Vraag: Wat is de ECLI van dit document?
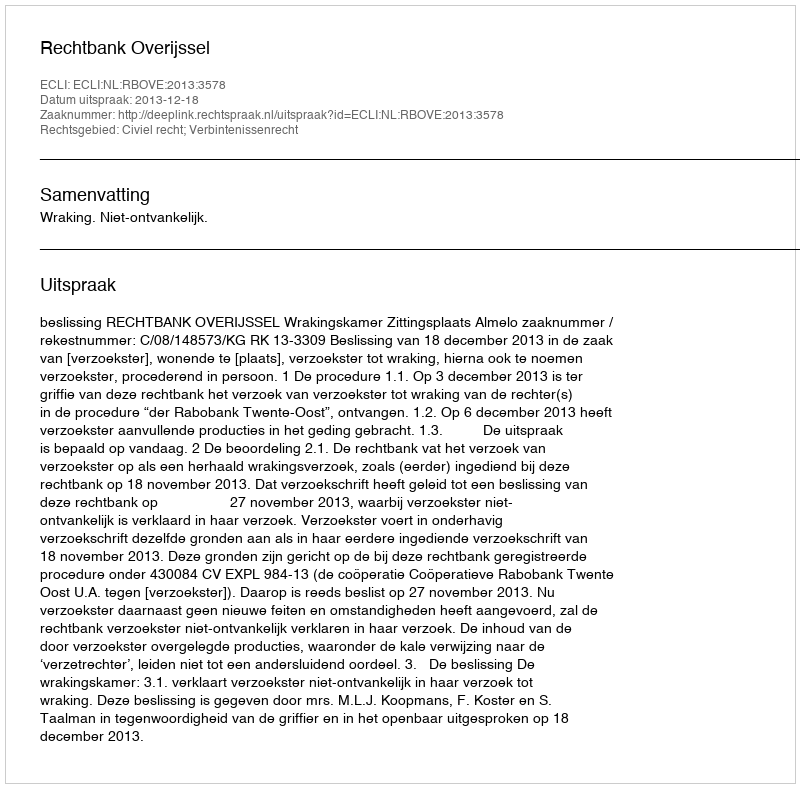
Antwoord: ECLI:NL:RBOVE:2013:3578